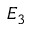
E _ { 3 }